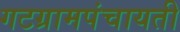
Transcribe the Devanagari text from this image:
गटग्रामपंचायती